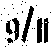
9/11